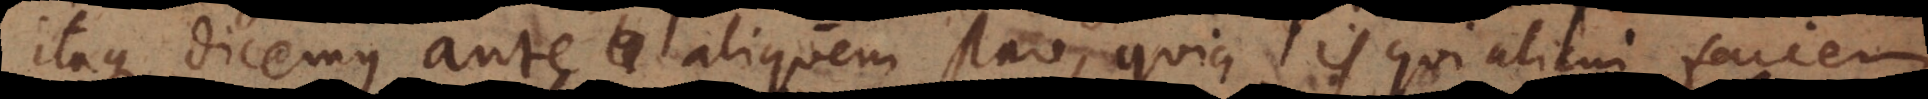
Itaque dicemus ante aliquem stare, quia is qui alicui faciem